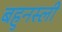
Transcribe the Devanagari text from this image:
बहुनस्ली